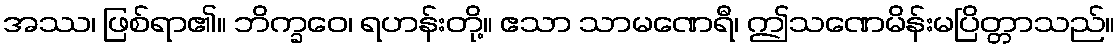
အဿ၊ ဖြစ်ရာ၏။ ဘိက္ခဝေ၊ ရဟန်းတို့။ ဧသာ သာမဏေရီ၊ ဤသဏေမိန်းမပြိတ္တာသည်။